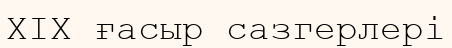
XIX ғасыр сазгерлері